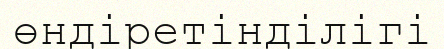
өндіретінділігі